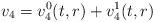
LaTeX: \begin{align*} v_{4}=v_{4}^{0}(t,r)+v_{4}^{1}(t,r)\end{align*}